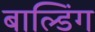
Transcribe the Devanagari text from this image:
बाल्डिंग